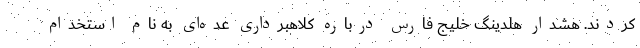
کردند. هشدار هلدینگ خلیج فارس درباره کلاهبرداری عده‌ای به نام استخدام